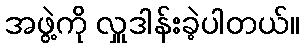
အဖွဲ့ကို လှူဒါန်းခဲ့ပါတယ်။